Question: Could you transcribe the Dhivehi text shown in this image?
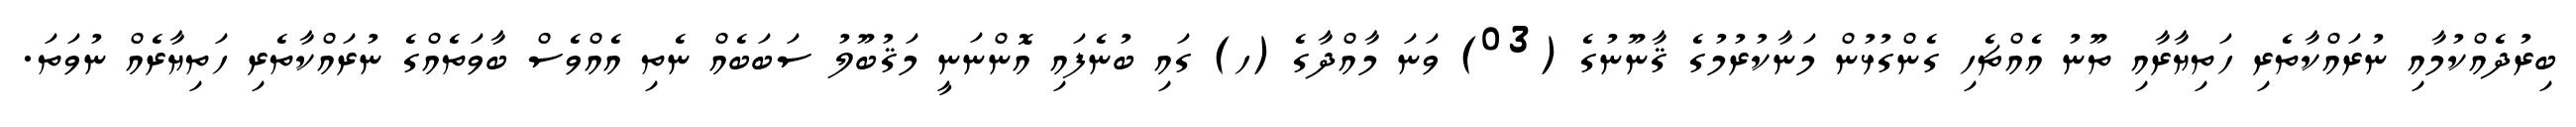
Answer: ބިރުދެއްކުމާއި ނުރައްކާތެރި ހަތިޔާރާއި ތޫނު އެއްޗެހި ގެންގުޅުން މަނާކުރުމުގެ ޤާނޫނުގެ (03) ވަނަ މާއްދާގެ (ހ) ގައި ބުނެފައި އޮންނަނީ މަޤުބޫލު ސަބަބެއް ނެތި އެއްވެސް ބާވަތެއްގެ ނުރައްކާތެރި ހަތިޔާރެއް ނުވަތަ.